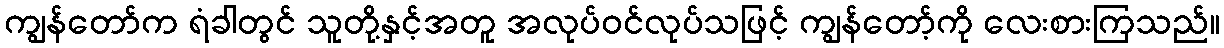
ကျွန်တော်က ရံခါတွင် သူတို့နှင့်အတူ အလုပ်ဝင်လုပ်သဖြင့် ကျွန်တော့်ကို လေးစားကြသည်။